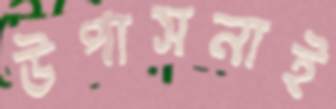
উপাসনাই